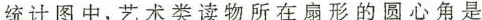
统计图中，艺术类读物所在扇形的圆心角是